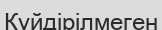
Күйдірілмеген